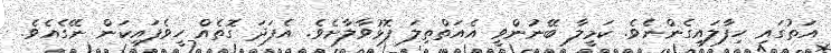
އަތުގައި ހިފާލައިގެންނެވެ. ކަމީލާ ބޭނުންވީ އެއަތްތިލަ ފޮޅުވާލާށެވެ. އެފަދަ ގޮތެއް ހީވެފައިކަން ނޭގެއެވެ.